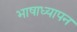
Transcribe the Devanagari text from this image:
भाषाध्यापन